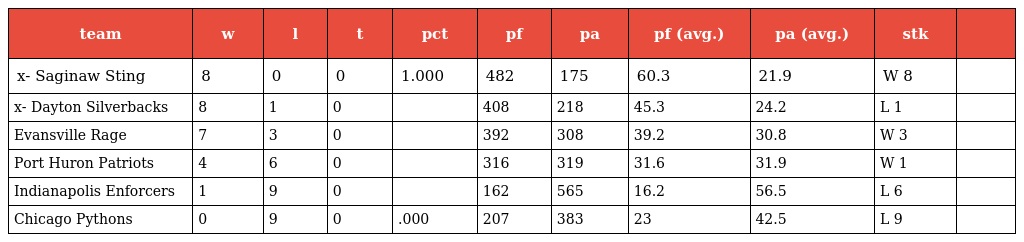
| team | w | l | t | pct | pf | pa | pf (avg.) | pa (avg.) | stk |  |
 | --- | --- | --- | --- | --- | --- | --- | --- | --- | --- | --- |
 | x- Saginaw Sting | 8 | 0 | 0 | 1.000 | 482 | 175 | 60.3 | 21.9 | W 8 |  |
 | x- Dayton Silverbacks | 8 | 1 | 0 |  | 408 | 218 | 45.3 | 24.2 | L 1 |  |
 | Evansville Rage | 7 | 3 | 0 |  | 392 | 308 | 39.2 | 30.8 | W 3 |  |
 | Port Huron Patriots | 4 | 6 | 0 |  | 316 | 319 | 31.6 | 31.9 | W 1 |  |
 | Indianapolis Enforcers | 1 | 9 | 0 |  | 162 | 565 | 16.2 | 56.5 | L 6 |  |
 | Chicago Pythons | 0 | 9 | 0 | .000 | 207 | 383 | 23 | 42.5 | L 9 |  |